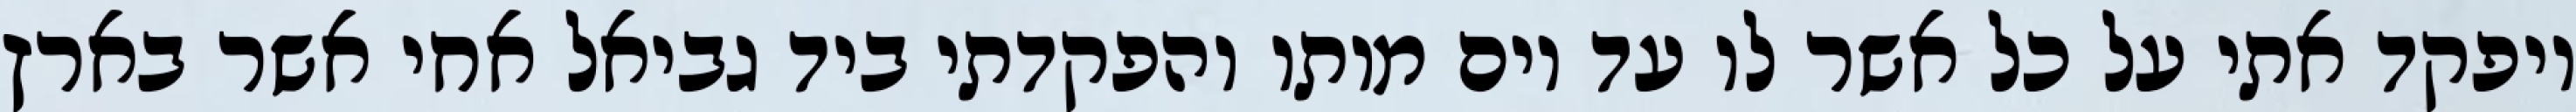
ויפקד אתי על כל אשר לו עד יום מותו והפקדתי ביד גביאל אחי אשר בארץ